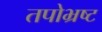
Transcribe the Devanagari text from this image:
तपोभ्रष्ट